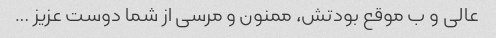
عالی و ب موقع بودتش، ممنون و مرسی از شما دوست عزیز …